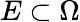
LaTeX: E\subset\Omega